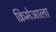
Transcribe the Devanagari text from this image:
क्रिमेआला